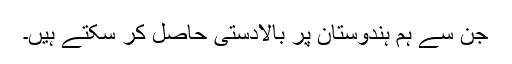
جن سے ہم ہندوستان پر بالادستی حاصل کر سکتے ہیں۔